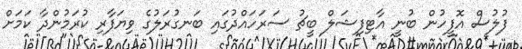
ފުލުސް އޮފީހުން ބުނީ އާޓިފިޝަލް ބީޗު ސަރަހައްދުގައި ބަނގުރަލުގެ ވިޔަފާރި ކުރަމުންދާ ކަމަށް